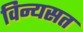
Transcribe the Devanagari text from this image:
विन्यसत